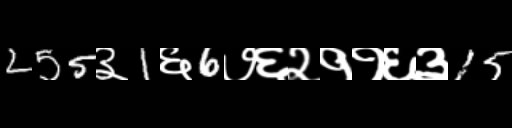
Text: 255३1६6७६२११६३15